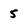
Character: 5